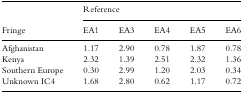
<table><thead><tr><td></td><td colspan="5"><b>Reference</b></td></tr><tr><td><b>Fringe</b></td><td><b>EA1</b></td><td><b>EA3</b></td><td><b>EA4</b></td><td><b>EA5</b></td><td><b>EA6</b></td></tr></thead><tbody><tr><td>Afghanistan</td><td>1.17</td><td>2.90</td><td>0.78</td><td>1.87</td><td>0.78</td></tr><tr><td>Kenya</td><td>2.32</td><td>1.39</td><td>2.51</td><td>2.32</td><td>1.36</td></tr><tr><td>Southern Europe</td><td>0.30</td><td>2.99</td><td>1.20</td><td>2.03</td><td>0.34</td></tr><tr><td>Unknown IC4</td><td>1.68</td><td>2.80</td><td>0.62</td><td>1.17</td><td>0.72</td></tr></tbody></table>